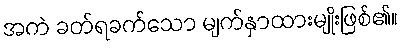
အကဲ ခတ်ရခက်သော မျက်နှာထားမျိုးဖြစ်၏။